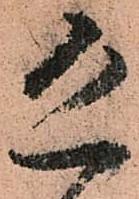
恐